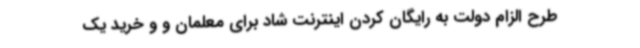
طرح الزام دولت به رایگان کردن اینترنت شاد برای معلمان و و خرید یک